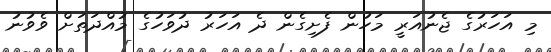
މި އަހަރުގެ ޖެނުއަރީ މަހުން ފެށިގެން ދެ އަހަރު ދުވަހުގެ މުއްދަތަށް ވެވުނު